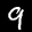
Label: 9